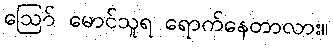
ဪ မောင်သူရ ရောက်နေတာလား။